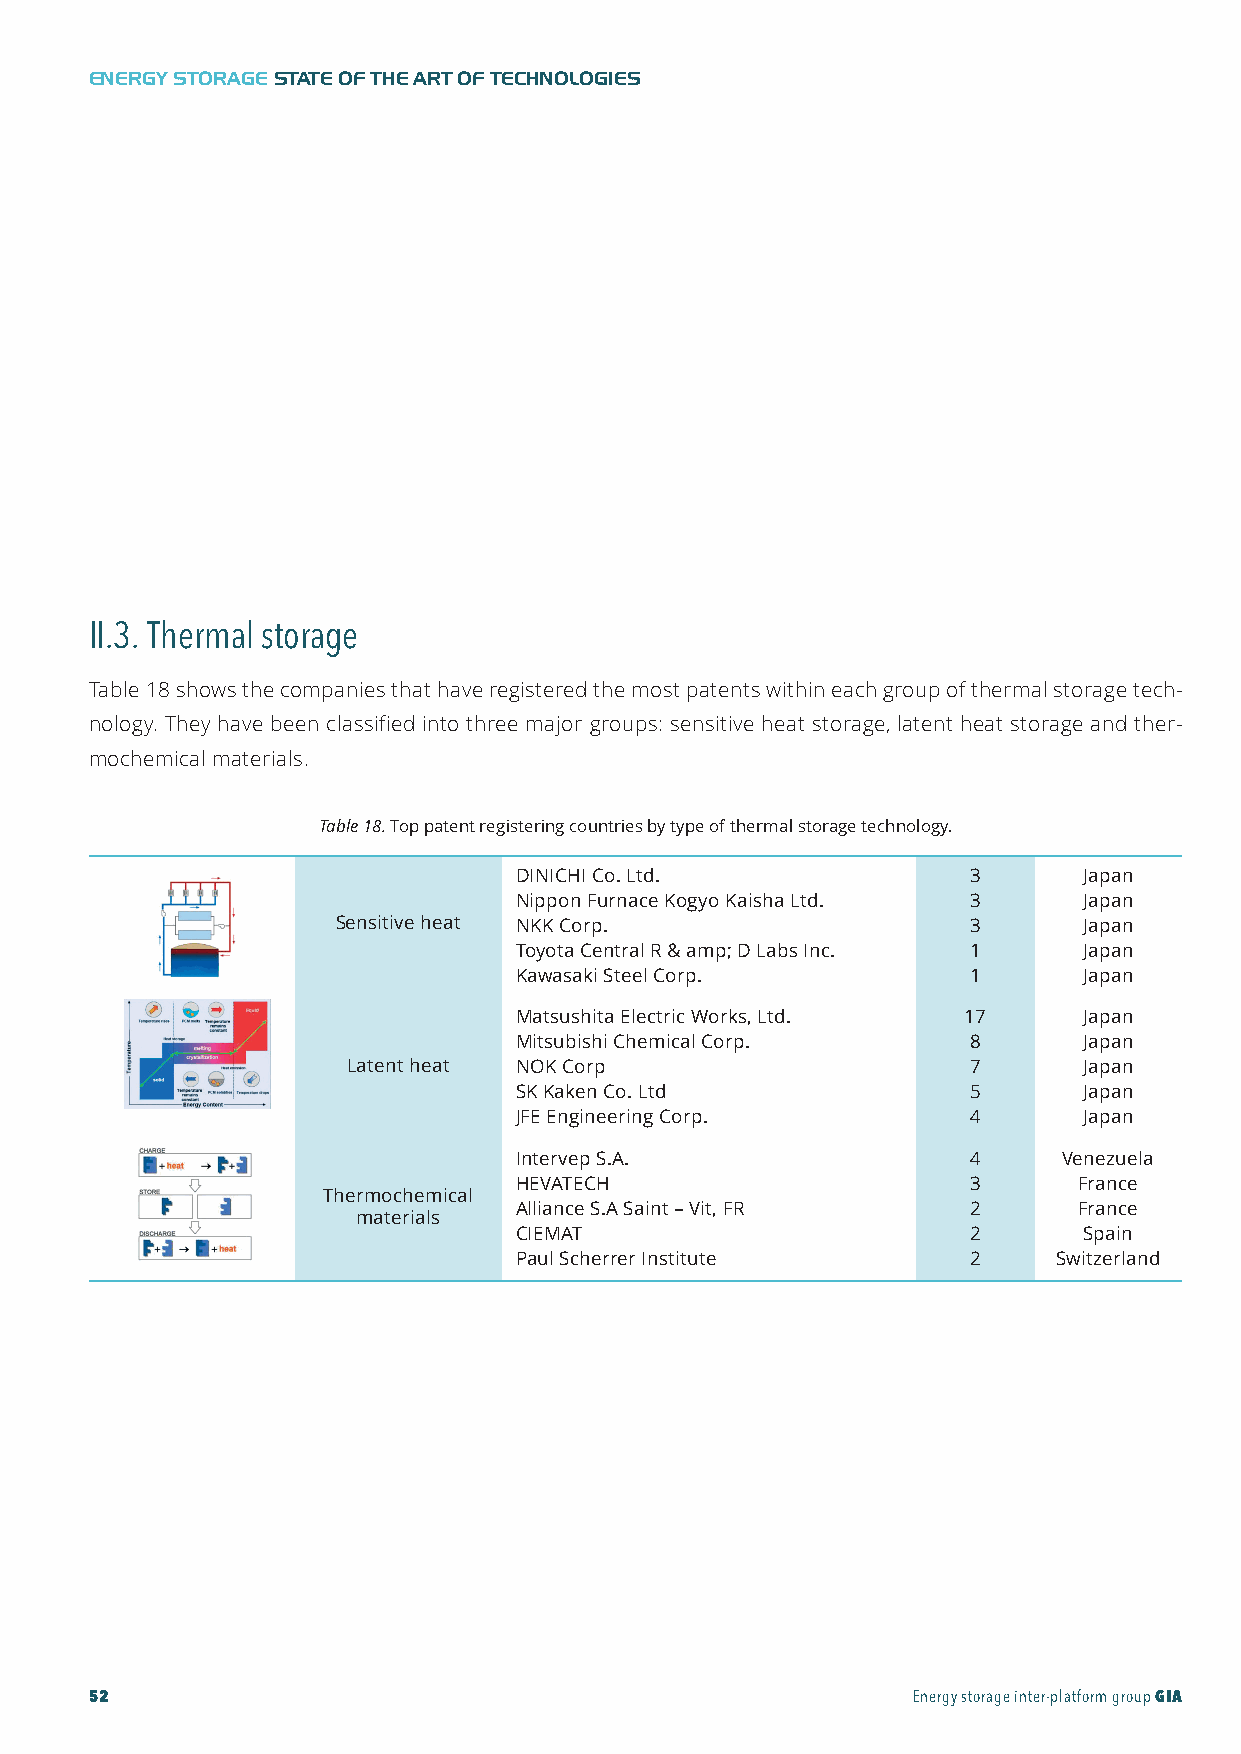
GIA-Maqueta-ENG 18/11/2015 10:05 Página 52
 ENERGY STORAGESTATE OF THE ART OF TECHNOLOGIES
 II.3. Thermal storage
 Table 18 shows the companies that have registered the most patents within each group of thermal storage tech-
 nology. They have been classified into three major groups: sensitive heat storage, latent heat storage and ther-
 mochemical materials.
 Table18. Top patent registering countries by type of thermal storage technology.
 DINICHI Co. Ltd.              3       Japan
 Nippon Furnace Kogyo Kaisha Ltd. 3    Japan
 Sensitive heat NKK Corp.                  3       Japan
 Toyota Central R & amp; D Labs Inc. 1 Japan
 Kawasaki Steel Corp.          1       Japan
 Matsushita Electric Works, Ltd. 17    Japan
 Mitsubishi Chemical Corp.     8       Japan
 Latent heat NOK Corp                     7       Japan
 SK Kaken Co. Ltd              5       Japan
 JFE Engineering Corp.         4       Japan
 Intervep S.A.                 4     Venezuela
 HEVATECH                      3      France
 Thermochemical
 Alliance S.A Saint – Vit, FR  2      France
 materials
 CIEMAT                        2       Spain
 Paul Scherrer Institute       2     Switzerland
 52                                                    Energy storage inter-platform groupGIA